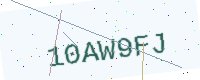
Text: 10AW9FJ